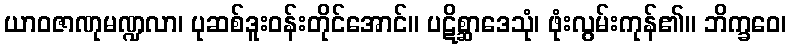
ယာဝဇာဏုမဏ္ဍလာ၊ ပုဆစ်ဒူးဝန်းတိုင်အောင်။ ပဋိစ္ဆာဒေသုံ၊ ဖုံးလွမ်းကုန်၏။ ဘိက္ခဝေ၊